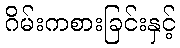
ဂိမ်းကစားခြင်းနှင့်